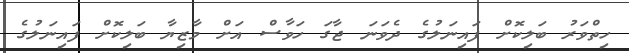
ހިތްވަރު ބަލިކޮށް ފައިނަލުގެ ދެވަނަ ޖާގަ ހަވާސް އަށް މާޒިޔާ ބަލިކޮށް ފަައިނަލުގެ